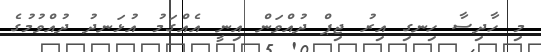
މި ހާދިސާ ހިނގި އިރު ޖިޕް ދުއްވަން އިނީ އެއްގަމު އުޅަނދު ދުއްވުމުގެ